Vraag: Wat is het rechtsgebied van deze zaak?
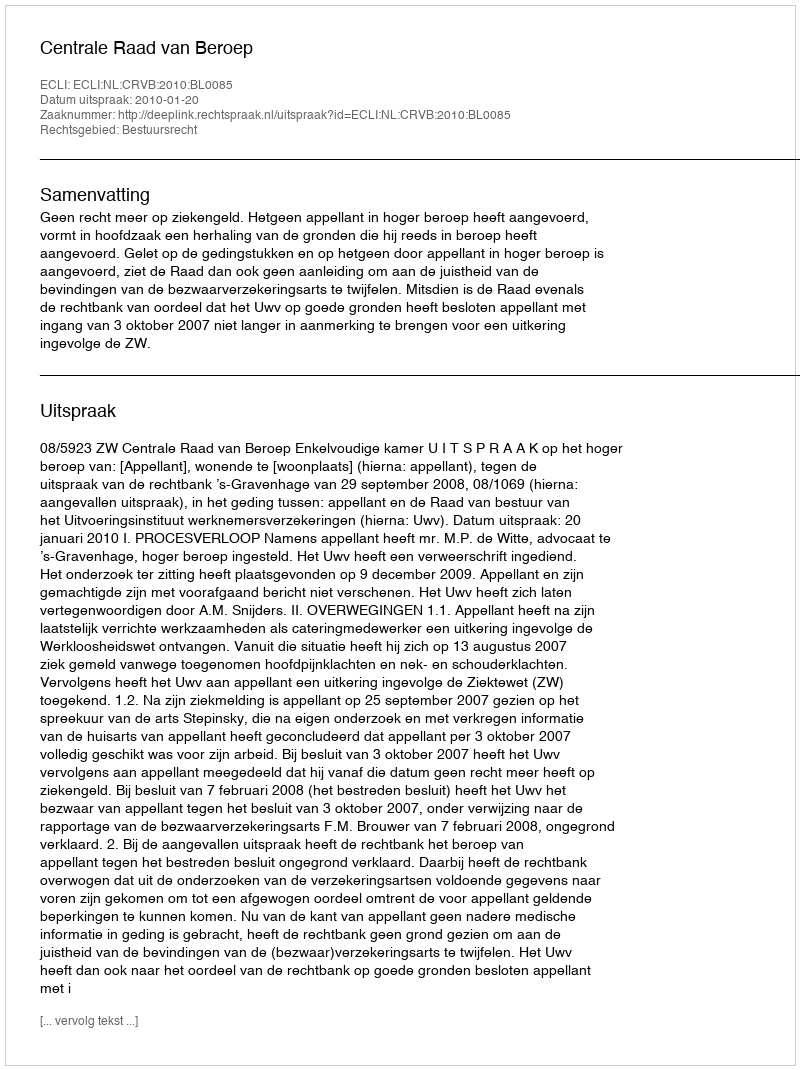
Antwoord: Bestuursrecht